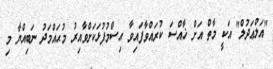
"އަލްޢަދުލް" އަކީ މާތް އަށް ޚާއްސަ ކުރައްވާފައިވާ އިސްމުފުޅަކަށްވާއިރު މުޙައްމަދު ނަބިއްޔާ މި